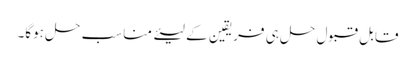
قابل قبول حل ہی فریقین کے لیئے مناسب حل ہوگا۔